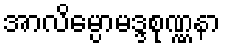
အာလိမ္ပောမဒ္ဒစုဏ္ဏနာ